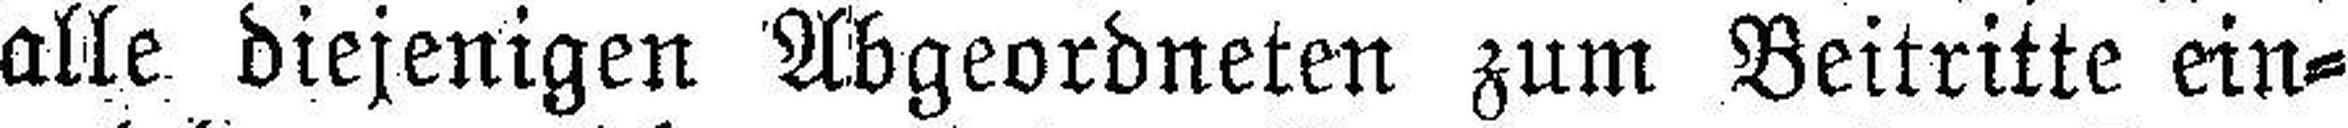
alle diejenigen Abgeordneten zum Beitritte ein¬